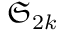
{ \mathfrak { S } } _ { 2 k }